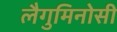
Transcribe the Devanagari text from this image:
लैगुमिनोसी